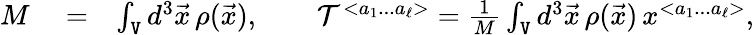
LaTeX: \begin{array}{rlr}{M}&{{}=}&{\int_{\tt V}d^{3}{\vec{x}}\, \rho({\vec{x}}),\qquad{\cal T}^{<a_{1}...a_{\ell}>}=\frac{1}{M}\int_{\tt V}d^{3}{\vec{x}}\, \rho({\vec{x}})\, x^{<a_{1}...a_{\ell}>},}\end{array}